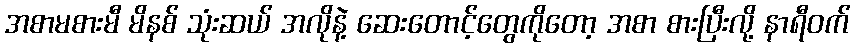
အစာမစားမီ မိနစ် သုံးဆယ် အလိုနဲ့ ဆေးတောင့်တွေကိုတော့ အစာ စားပြီးလို့ နာရီဝက်